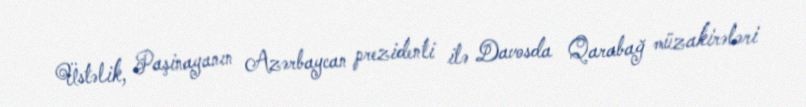
Üstəlik, Paşinayanın Azərbaycan prezidenti ilə Davosda Qarabağ müzakirələri